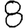
Digit: 8